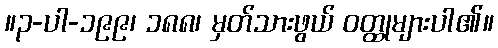
။၃-ပါ-၁၉၉၊ ၁၈၈၊ မှတ်သားဖွယ် ဝတ္ထုများပါ၏။